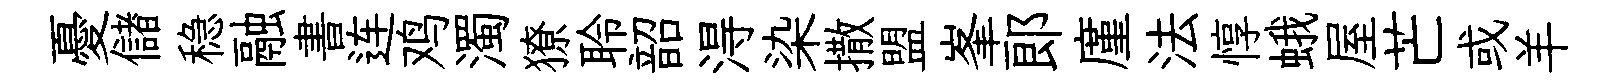
憂儲稳融書连鸡濁獠聆韶淂染撒盟峯郞廑法惇蛾屋芒或羊